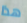
هذا